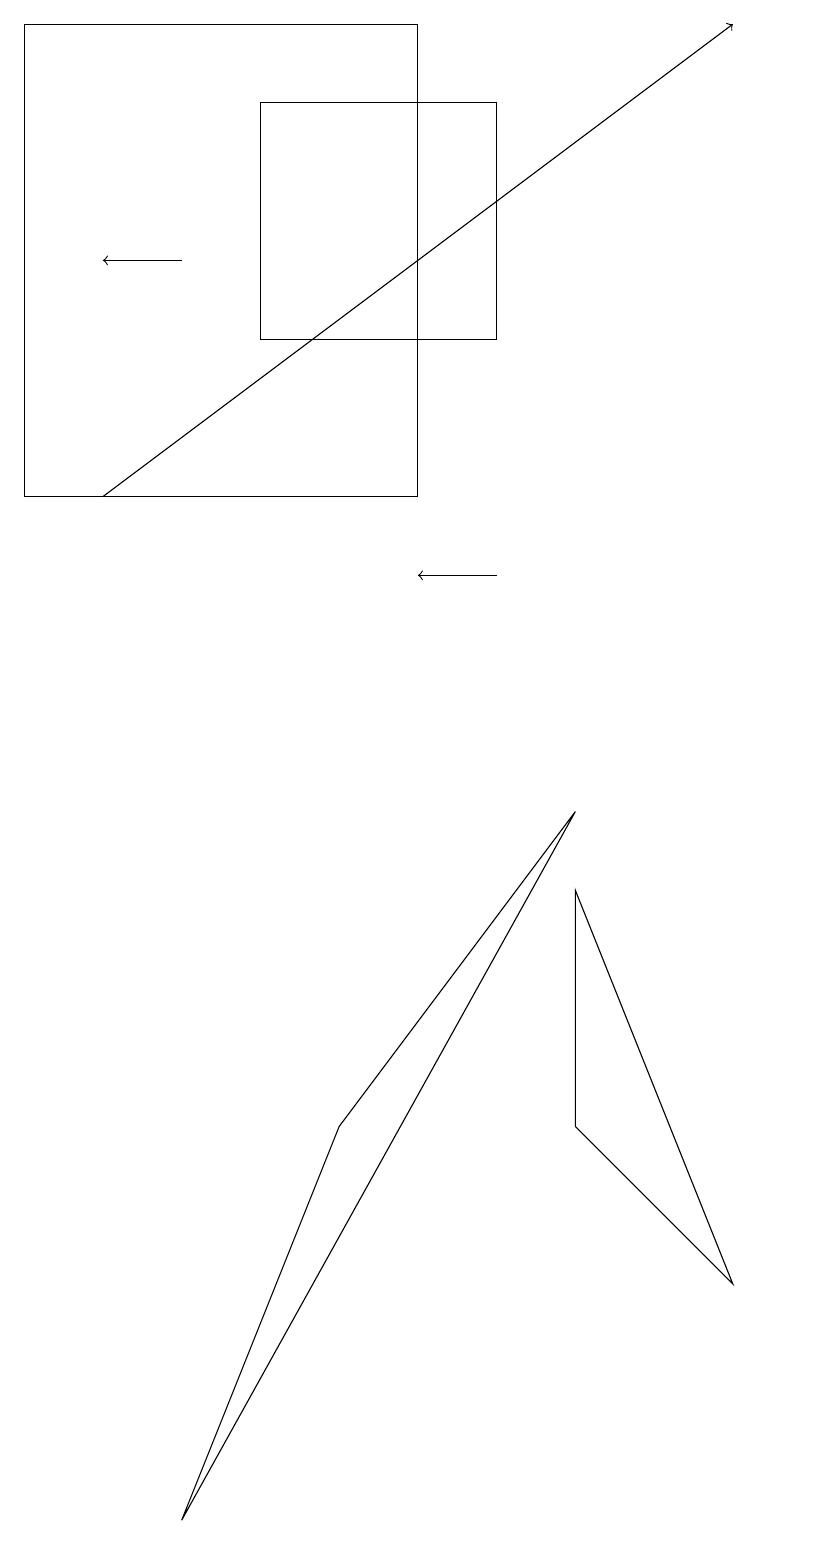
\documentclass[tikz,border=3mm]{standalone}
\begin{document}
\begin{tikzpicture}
\draw (7,8) -- (7,5) -- (9,3) -- cycle;
\draw[->] (2,16) -- (1,16);
\draw (6,15) rectangle (3,18);
\draw (2,0) -- (7,9) -- (4,5) -- cycle;
\draw[->] (1,13) -- (9,19);
\draw (10,12) circle (0);
\draw (5,13) rectangle (0,19);
\draw[->] (6,12) -- (5,12);
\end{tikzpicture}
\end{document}